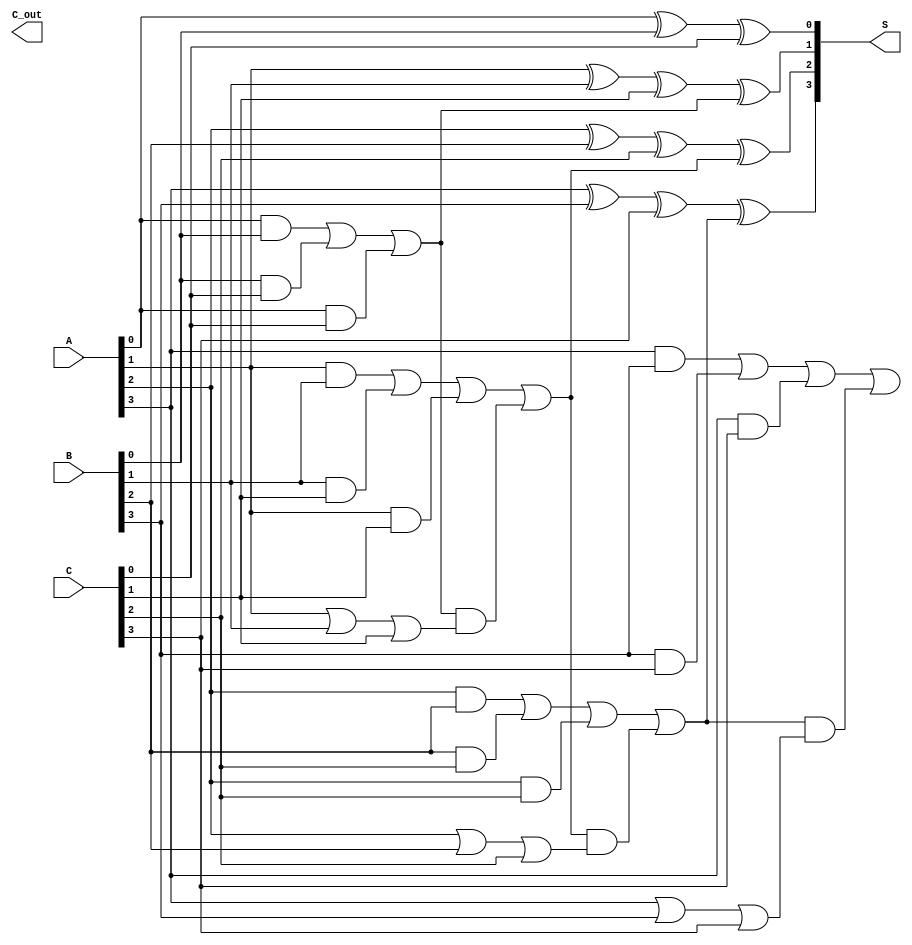
module carry_save_adder #(parameter N = 4) (
    input  wire [N-1:0] A, // First operand
    input  wire [N-1:0] B, // Second operand
    input  wire [N-1:0] C, // Third operand
    output wire [N-1:0] S, // Sum output
    output wire [N:0]   C_out // Carry output
);

    // Internal wires to hold carry and sum outputs from full adders
    wire [N-1:0] sum; // Intermediate sum outputs
    wire [N:0] carry; // Intermediate carry outputs

    // Generate full adders for each bit position
    genvar i;
    generate
        for (i = 0; i < N; i = i + 1) begin : full_adder
            // Full adder logic
            if (i == 0) begin
                // First full adder does not have a carry-in
                assign sum[i] = A[i] ^ B[i] ^ C[i];
                assign carry[i+1] = (A[i] & B[i]) | (B[i] & C[i]) | (A[i] & C[i]);
            end else begin
                // Subsequent full adders
                assign sum[i] = A[i] ^ B[i] ^ C[i] ^ carry[i];
                assign carry[i+1] = (A[i] & B[i]) | (B[i] & C[i]) | (A[i] & C[i]) | (carry[i] & (A[i] | B[i] | C[i]));
            end
        end
    endgenerate

    // Assign final outputs
    assign S = sum;           // Final sum output
    assign C_out = carry;    // Final carry output (N+1 bits)

endmodule